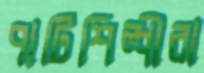
পাটিশিল্পীরা